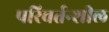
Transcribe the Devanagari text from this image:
परिवर्तन्शील